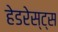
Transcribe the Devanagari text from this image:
हेडरेस्ट्स